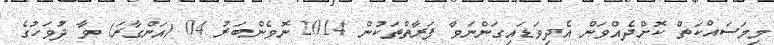
މިމަސައްކަތް ކޮށްދެއްވަން އެދިވަޑައިގަންނަވާ ފަރާތްތަކުން 2014 ނޮވެންބަރު 04 (އަންގާރަ) ވާ ދުވަހުގެ